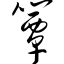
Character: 簟